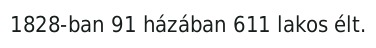
1828-ban 91 házában 611 lakos élt.